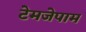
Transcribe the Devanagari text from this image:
टेमजेपाम